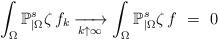
LaTeX: \begin{align*}\int_\Omega\mathbb{P}_{|\Omega}^s\zeta\,f_k\xrightarrow[k\uparrow\infty]{}\int_\Omega\mathbb{P}_{|\Omega}^s\zeta\,f\ =\ 0\end{align*}